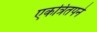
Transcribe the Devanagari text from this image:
एकत्रितपने